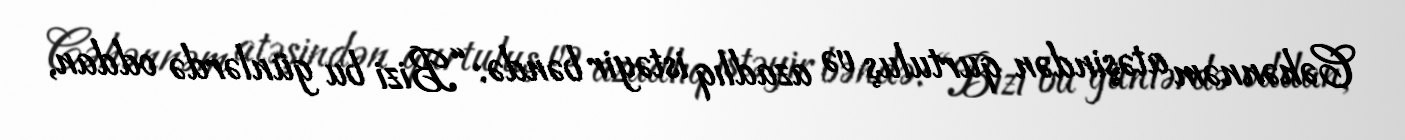
Cəhənnəm atəşindən qurtuluş və azadlıq istəyir bəndə: “Bizi bu günlərdə oddan,